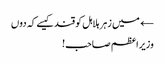
← میں زہر ہلاہل کو قند کیسے کہ دوں
وزیراعظم صاحب!